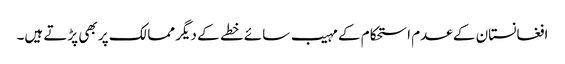
افغانستان کے عدم استحکام کے مہیب سائے خطے کے دیگر ممالک پر بھی پڑتے ہیں۔